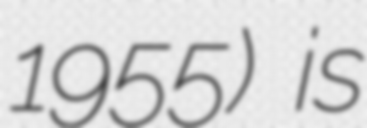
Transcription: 1955) is